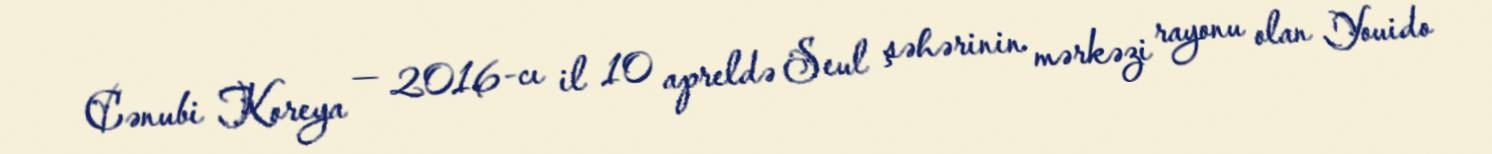
Cənubi Koreya — 2016-cı il 10 apreldə Seul şəhərinin mərkəzi rayonu olan Youido